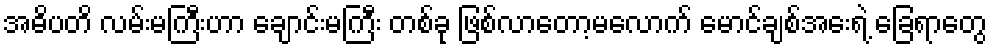
အဓိပတိ လမ်းမကြီးဟာ ချောင်းမကြီး တစ်ခု ဖြစ်လာတော့မလောက် မောင်ချစ်အေးရဲ့ ခြေရာတွေ